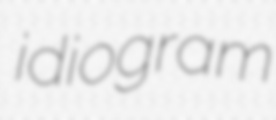
idiogram